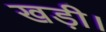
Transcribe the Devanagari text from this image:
खड़ी।